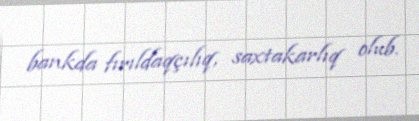
bankda fırıldaqçılıq, saxtakarlıq olub.